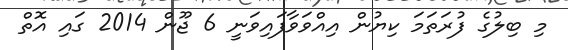
މި ބިލުގެ ފުރަތަމަ ކިޔުން އިއްވަވާފައިވަނީ 6 ޖޫން 2014 ގައި އޮތް